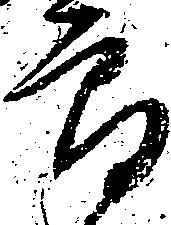
郎